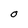
Character: O